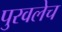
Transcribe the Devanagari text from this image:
पुरवलेच